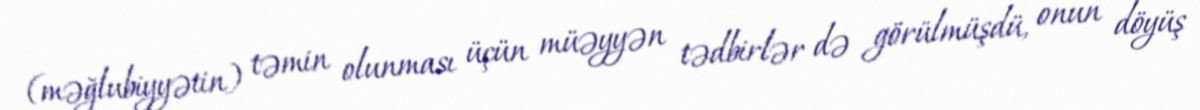
(məğlubiyyətin) təmin olunması üçün müəyyən tədbirlər də görülmüşdü, onun döyüş